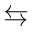
\leftrightarrows